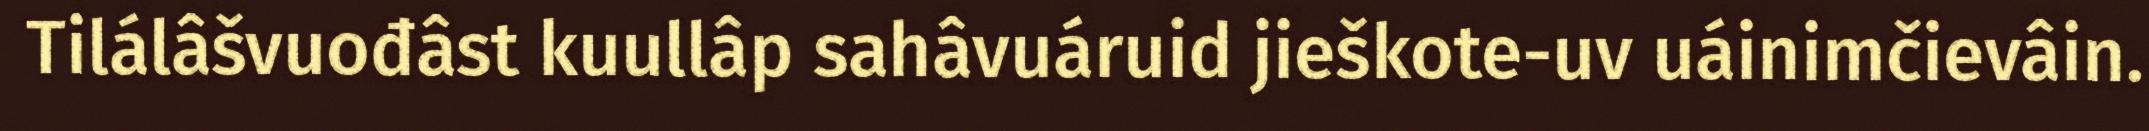
Tilálâšvuođâst kuullâp sahâvuáruid jieškote-uv uáinimčievâin.